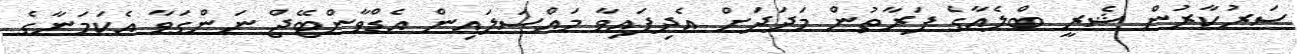
ސަރުކާރުން ޝެރީ ބްލެއާގެ ފަރާތުން މަދަދަށް އެދިފައިވާ މައްސަލައިން އެޑްވާންޓޭޖް ނަންގަވާ އެކަމަނާގެ